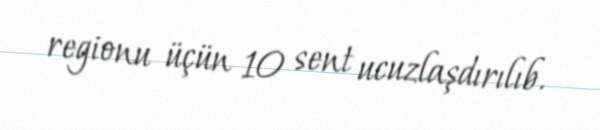
regionu üçün 10 sent ucuzlaşdırılıb.